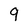
Character: 9